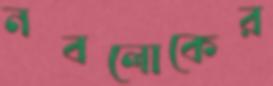
নবলোকের